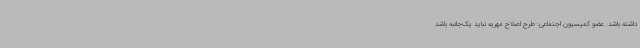
داشته باشد. عضو کمیسیون اجتماعی: طرح اصلاح مهریه نباید یک‌جانبه باشد